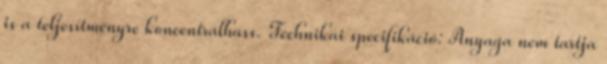
is a teljesítményre koncentrálhass. Technikai specifikáció: Anyaga nem tartja